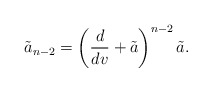
\begin{align*} \tilde{a}_{n-2}=\left(\frac{d}{dv}+\tilde{a}\right)^{n-2}\tilde{a}.\end{align*}